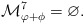
\begin{gather*}\mathcal{M}^7_{\varphi+\phi}=\varnothing.\end{gather*}